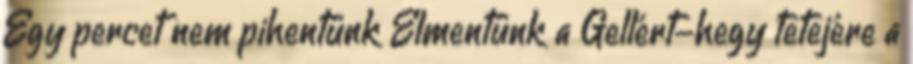
Egy percet nem pihentünk Elmentünk a Gellért-hegy tetejére a